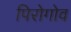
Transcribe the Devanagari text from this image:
पिरोगोव